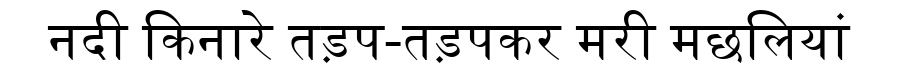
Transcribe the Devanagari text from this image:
नदी किनारे तड़प-तड़पकर मरी मछलियां